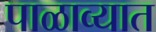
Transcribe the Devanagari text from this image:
पाळाव्यात